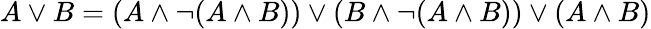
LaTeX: A\lor B=(A\land\neg(A\land B))\lor(B\land\neg(A\land B))\lor(A\land B)